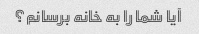
آیا شما را به خانه برسانم؟